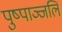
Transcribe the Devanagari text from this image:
पुष्पाञ्जलि